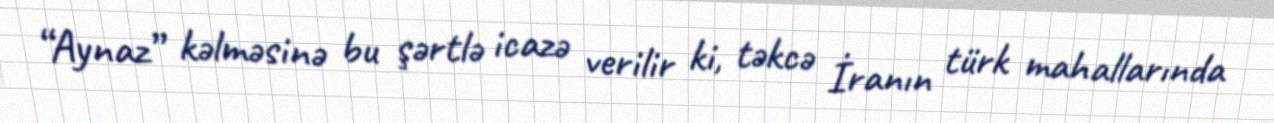
“Aynaz” kəlməsinə bu şərtlə icazə verilir ki, təkcə İranın türk mahallarında